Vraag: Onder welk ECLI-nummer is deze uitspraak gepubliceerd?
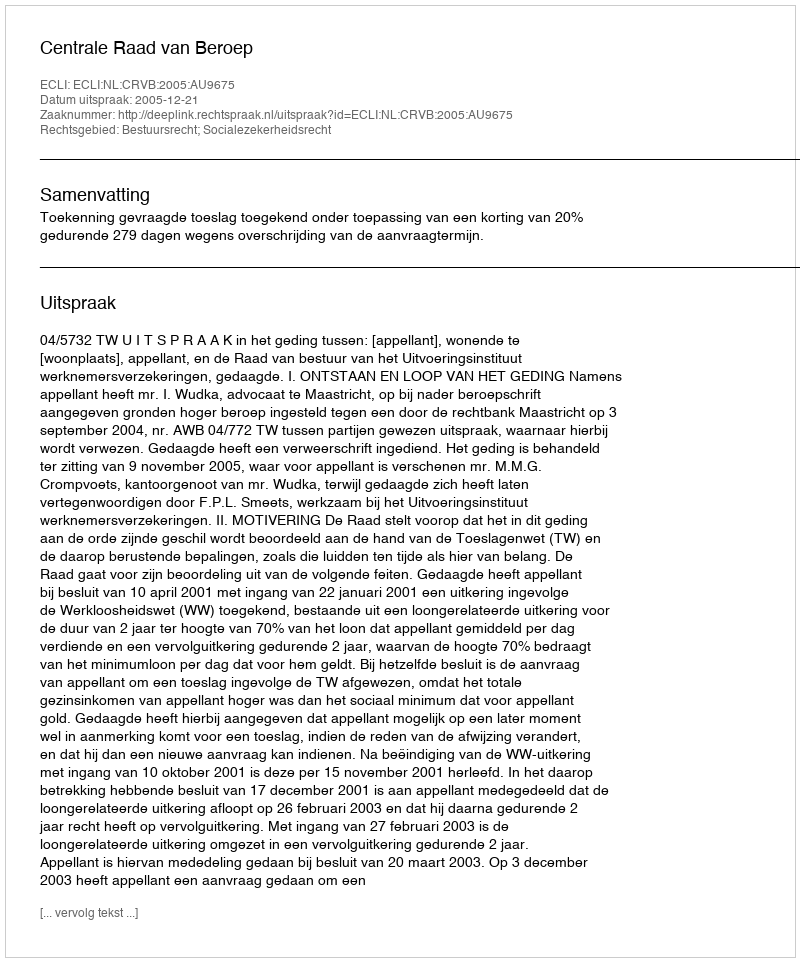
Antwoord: ECLI:NL:CRVB:2005:AU9675